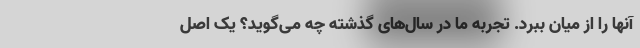
آنها را از میان ببرد. تجربه ما در سال‌های گذشته چه می‌گوید؟ یک اصل